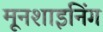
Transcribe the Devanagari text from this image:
मूनशाइनिंग